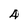
Character: 4